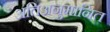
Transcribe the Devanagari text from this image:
अतिअनुमानित